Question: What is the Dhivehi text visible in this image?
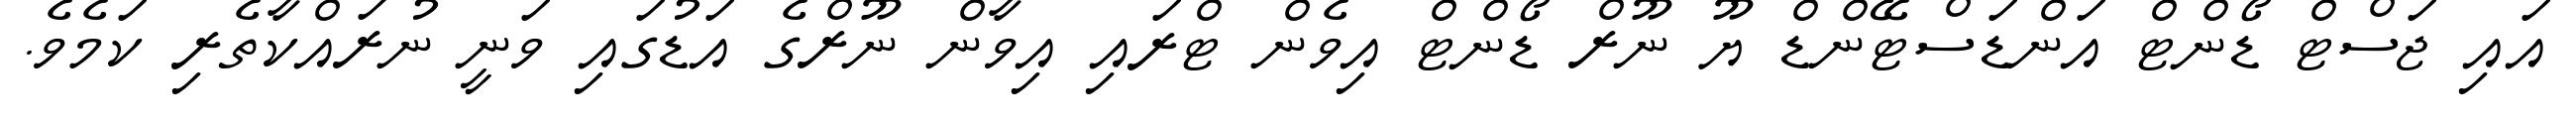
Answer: އައި ޖަސްޓް ޑޯންޓް އަންޑަސްޓޭންޑް ޔޫ ނޫރް ޑޯންޓް އިވެން ޓްރައި އިވާން ނޫރްގެ އަޑުގައި ވަނީ ނުރައްކާތެރި ކަމެވެ.